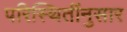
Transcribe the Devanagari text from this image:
परिस्थितींनुसार